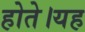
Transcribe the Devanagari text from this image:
होते।यह